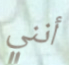
أنني